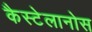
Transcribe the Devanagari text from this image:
कैस्टेलानोस